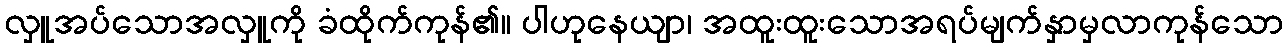
လှူအပ်သောအလှူကို ခံထိုက်ကုန်၏။ ပါဟုနေယျာ၊ အထူးထူးသောအရပ်မျက်နှာမှလာကုန်သော